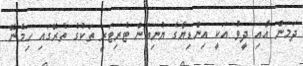
ދަމަން އާއި ދީވު އަކީ އިންޑިޔާގެ ޔުނިއަން ޓެރިޓަރީ ތަކުގެ ތެރޭގައި ހިމެނޭ